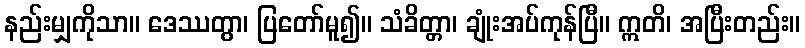
နည်းမျှကိုသာ။ ဒေဿတွာ၊ ပြတော်မူ၍။ သံခိတ္တာ၊ ချုံးအပ်ကုန်ပြီ။ ဣတိ၊ အပြီးတည်း။